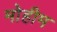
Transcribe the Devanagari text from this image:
मोेहीम